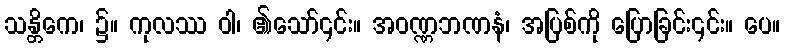
သန္တိကေ၊ ၌။ ကုလဿ ဝါ၊ ၏သော်၎င်း။ အဝဏ္ဏဘဏနံ၊ အပြစ်ကို ပြောခြင်း၎င်း။ ပေ။